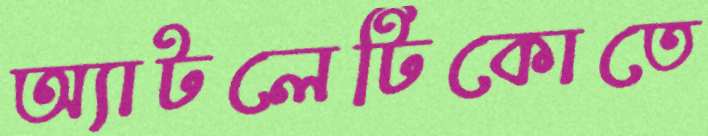
অ্যাটলেটিকোতে